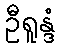
ဦရူန္ဒံ